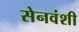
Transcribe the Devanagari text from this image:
सेनवंशी